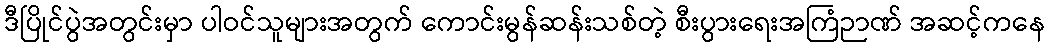
ဒီပြိုင်ပွဲအတွင်းမှာ ပါဝင်သူများအတွက် ကောင်းမွန်ဆန်းသစ်တဲ့ စီးပွားရေးအကြံဉာဏ် အဆင့်ကနေ